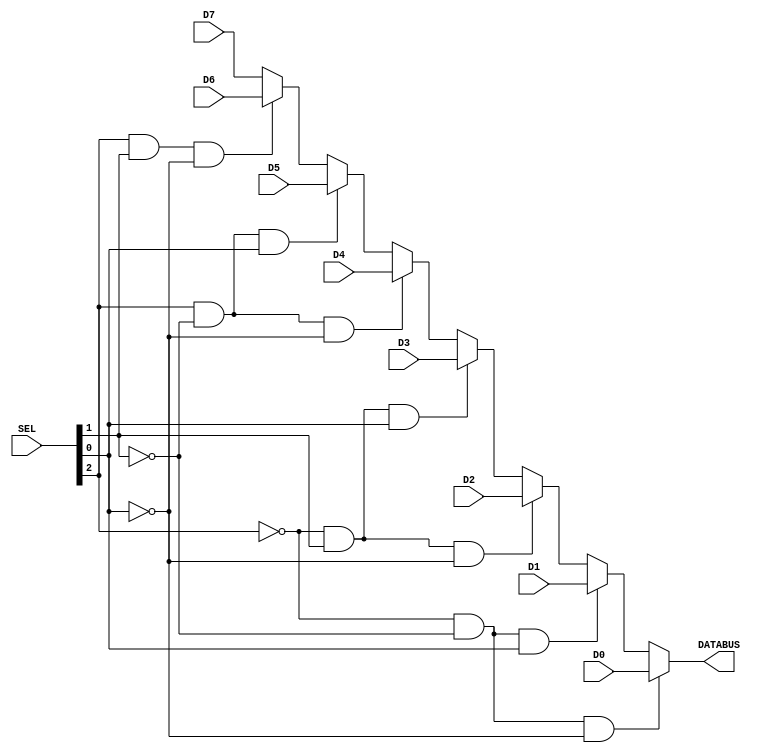
module bus_multiplexer (DATABUS, D0, D1, D2, D3, D4, D5, D6, D7, SEL);
  input [31:0] D0, D1, D2, D3, D4, D5, D6, D7;
  input [2:0] SEL;
  output [31:0] DATABUS;

  assign DATABUS = ~SEL[2] & ~SEL[1] & ~SEL[0] ? D0 : ~SEL[2] & ~SEL[1] & SEL[0] ? D1 : ~SEL[2] & SEL[1] & ~SEL[0]  ? D2 : ~SEL[2] & SEL[1] & SEL[0]  ? D3 : SEL[2] & ~SEL[1] & ~SEL[0]  ? D4 : SEL[2] & ~SEL[1] & SEL[0]  ? D5 : SEL[2] & SEL[1] & ~SEL[0]  ? D6 : D7;
endmodule
//************************************************************************
//End of Sample Solution
//************************************************************************
	module bus_multiplexer_tb;
		reg [31:0] D0, D1, D2, D3, D4, D5, D6, D7;
		reg [2:0] SEL;
		wire [31:0] DATABUS;
		
		parameter STDIN = 32'h8000_0000;
		integer testid;
		integer ret;

		bus_multiplexer  BM (DATABUS, D0, D1, D2, D3, D4, D5, D6, D7, SEL);
 
		initial begin
			ret = $fscanf(STDIN,"%d",testid);
			case(testid)

				0:    	begin
						{D0} = 23; {D1} = 15; {D2} = 24; {D3} = 55; {D4} = 19; {D5} = 35; {D6} = 79; {D7} = 43; {SEL} = 0;
					end
   				1:    	begin
						{D0} = 13; {D1} = 45; {D2} = 28; {D3} = 75; {D4} = 99; {D5} = 33; {D6} = 59; {D7} = 73; {SEL} = 1;
        				end
   				2:    	begin
						{D0} = 21; {D1} = 19; {D2} = 27; {D3} = 45; {D4} = 39; {D5} = 65; {D6} = 89; {D7} = 13; {SEL} = 2;
					end
   				3:	begin
						{D0} = 63; {D1} = 35; {D2} = 74; {D3} = 25; {D4} = 18; {D5} = 37; {D6} = 49; {D7} = 83; {SEL} = 3;
					end
   				4:	begin
						{D0} = 27; {D1} = 18; {D2} = 34; {D3} = 49; {D4} = 59; {D5} = 65; {D6} = 89; {D7} = 73; {SEL} = 4;
					end
   				5:	begin
						{D0} = 83; {D1} = 75; {D2} = 64; {D3} = 41; {D4} = 59; {D5} = 25; {D6} = 39; {D7} = 13; {SEL} = 5;
					end
   				6:	begin
						{D0} = 29; {D1} = 65; {D2} = 54; {D3} = 65; {D4} = 14; {D5} = 85; {D6} = 71; {D7} = 46; {SEL} = 6;
					end
   				7:	begin
						{D0} = 11; {D1} = 22; {D2} = 33; {D3} = 44; {D4} = 55; {D5} = 66; {D6} = 77; {D7} = 88; {SEL} = 7;
					end

    				default:	begin
        							$display("Bad testcase id %d",testid);
        							$finish();
        					end
			endcase
			#5;
			if ( (SEL==0 && DATABUS == D0) || (SEL==1 && DATABUS == D1) || (SEL==2 && DATABUS == D2) || (SEL==3 && DATABUS == D3) || (SEL==4 && DATABUS == D4) || (SEL==5 && DATABUS == D5) || (SEL==6 && DATABUS == D6) || (SEL==7 && DATABUS == D7) )
        				pass();
			else
 					fail();
		end


 		task fail; 	begin
    					$display("Fail: for D0 = %2d, D1 = %2d, D2 = %2d, D3 = %2d, D4 = %2d, D5 = %2d, D6 = %2d, D7 = %2d and SEL = %1d, OUTBUS = %2d is WRONG", D0, D1, D2, D3, D4, D5, D6, D7, SEL, DATABUS);
  				end
  		endtask

  		task pass; 	begin
    					$display("Pass: for D0 = %2d, D1 = %2d, D2 = %2d, D3 = %2d, D4 = %2d, D5 = %2d, D6 = %2d, D7 = %2d and SEL = %1d, OUTBUS = %2d", D0, D1, D2, D3, D4, D5, D6, D7, SEL, DATABUS);
	    				
  				end
  		endtask

	endmodule